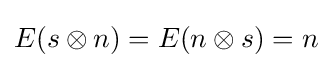
E(s\otimes n)=E(n\otimes s)=n